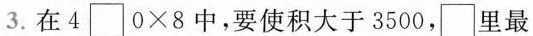
3.在$$4 \Box 0 × 8$$中，要使积大于3500，\Box里最